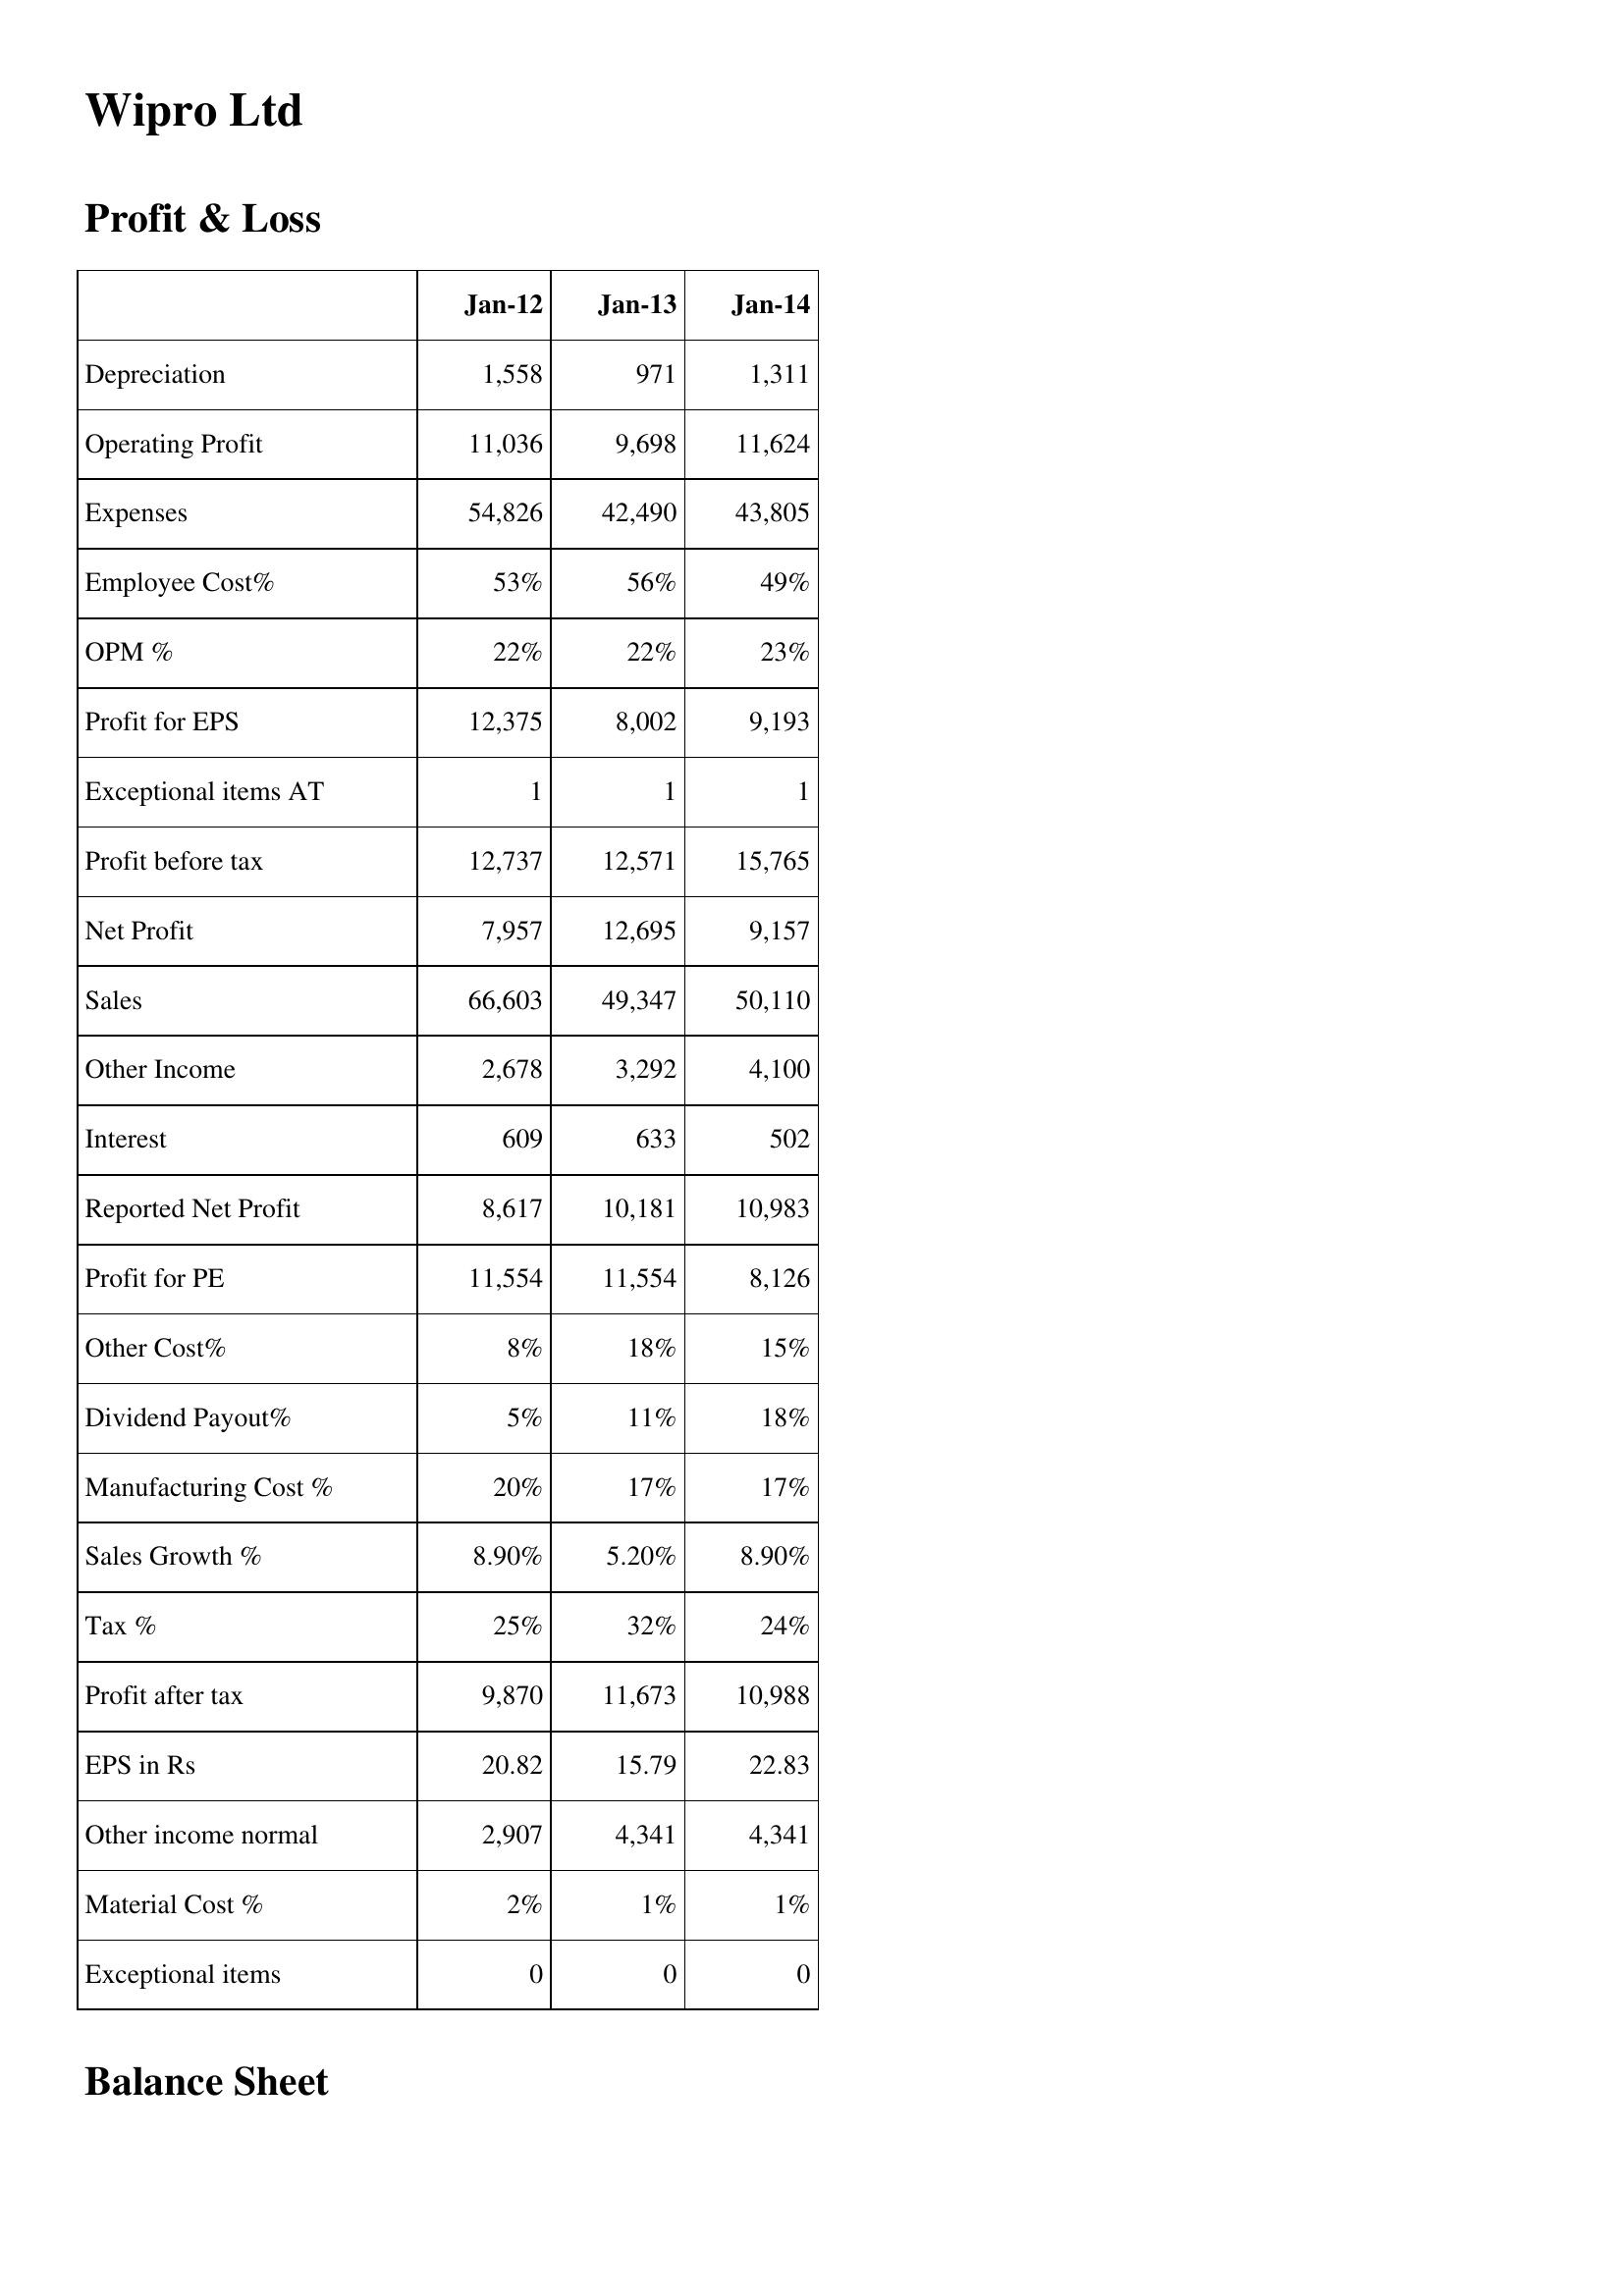
Jan-12: Profit & Loss: Depreciation: 1,558
Operating Profit: 11,036
Expenses: 54,826
Employee Cost%: 53%
OPM %: 22%
Profit for EPS: 12,375
Exceptional items AT: 1
Profit before tax: 12,737
Net Profit: 7,957
Sales: 66,603
Other Income: 2,678
Interest: 609
Reported Net Profit: 8,617
Profit for PE: 11,554
Other Cost%: 8%
Dividend Payout%: 5%
Manufacturing Cost %: 20%
Sales Growth %: 8.90%
Tax %: 25%
Profit after tax: 9,870
EPS in Rs: 20.82
Other income normal: 2,907
Material Cost %: 2%
Exceptional items: 0
Jan-13: Profit & Loss: Depreciation: 971
Operating Profit: 9,698
Expenses: 42,490
Employee Cost%: 56%
OPM %: 22%
Profit for EPS: 8,002
Exceptional items AT: 1
Profit before tax: 12,571
Net Profit: 12,695
Sales: 49,347
Other Income: 3,292
Interest: 633
Reported Net Profit: 10,181
Profit for PE: 11,554
Other Cost%: 18%
Dividend Payout%: 11%
Manufacturing Cost %: 17%
Sales Growth %: 5.20%
Tax %: 32%
Profit after tax: 11,673
EPS in Rs: 15.79
Other income normal: 4,341
Material Cost %: 1%
Exceptional items: 0
Jan-14: Profit & Loss: Depreciation: 1,311
Operating Profit: 11,624
Expenses: 43,805
Employee Cost%: 49%
OPM %: 23%
Profit for EPS: 9,193
Exceptional items AT: 1
Profit before tax: 15,765
Net Profit: 9,157
Sales: 50,110
Other Income: 4,100
Interest: 502
Reported Net Profit: 10,983
Profit for PE: 8,126
Other Cost%: 15%
Dividend Payout%: 18%
Manufacturing Cost %: 17%
Sales Growth %: 8.90%
Tax %: 24%
Profit after tax: 10,988
EPS in Rs: 22.83
Other income normal: 4,341
Material Cost %: 1%
Exceptional items: 0